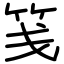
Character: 笺